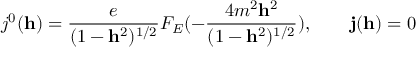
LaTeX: j ^ { 0 } ( { \bf h } ) = \frac { e } { ( 1 - { \bf h } ^ { 2 } ) ^ { 1 / 2 } } F _ { E } ( - \frac { 4 m ^ { 2 } { \bf h } ^ { 2 } } { ( 1 - { \bf h } ^ { 2 } ) ^ { 1 / 2 } } ) , \qquad { \bf j } ( { \bf h } ) = 0